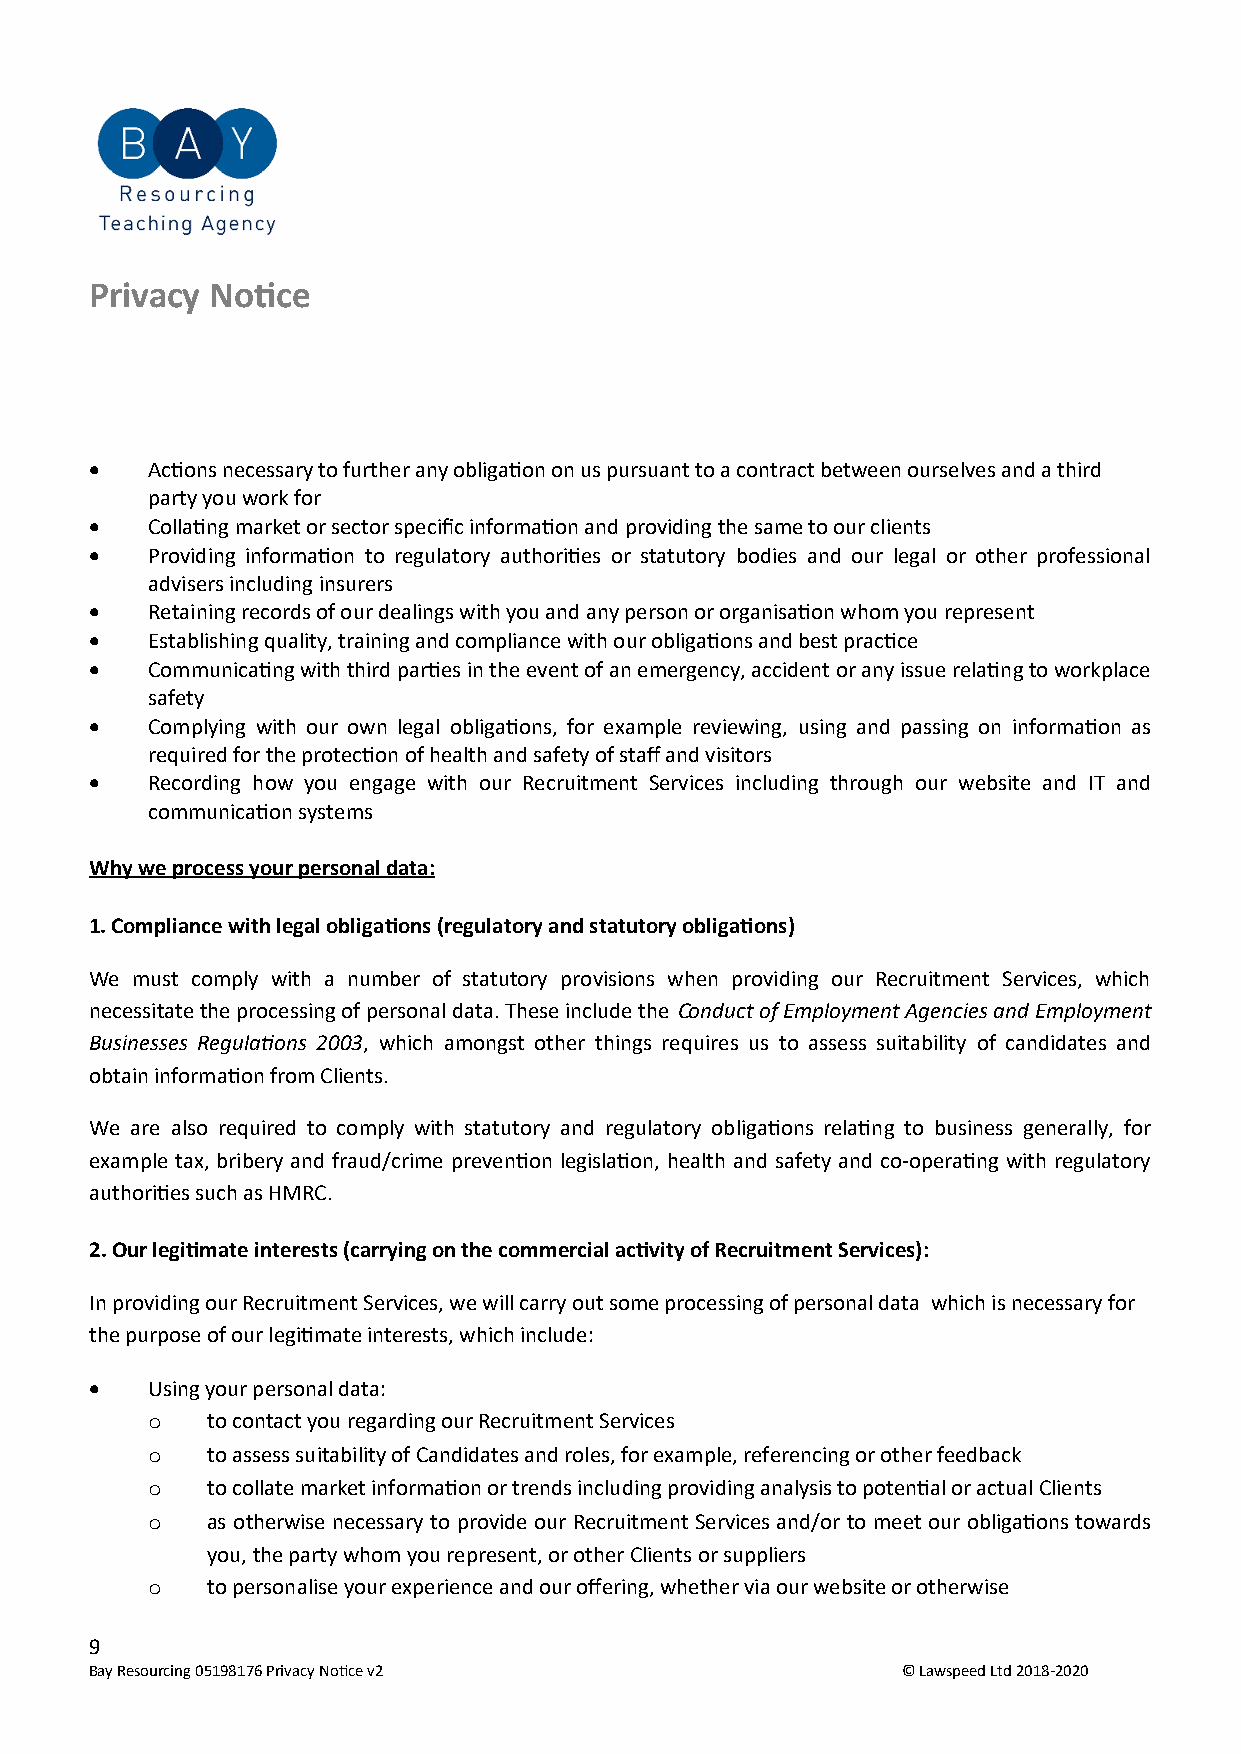
Privacy Notice
    Actions necessary to further any obligation on us pursuant to a contract between ourselves and a third
 party you work for
    Collating market or sector specific information and providing the same to our clients
    Providing information to regulatory authorities or statutory bodies and our legal or other professional
 advisers including insurers
    Retaining records of our dealings with you and any person or organisation whom you represent
    Establishing quality, training and compliance with our obligations and best practice
    Communicating with third parties in the event of an emergency, accident or any issue relating to workplace
 safety
    Complying with our own legal obligations, for example reviewing, using and passing on information as
 required for the protection of health and safety of staff and visitors
    Recording how you engage with our Recruitment Services including through our website and IT and
 communication systems
 Why we process your personal data:
 1. Compliance with legal obligations (regulatory and statutory obligations)
 We must comply with a number of statutory provisions when providing our Recruitment Services, which
 necessitate the processing of personal data. These include the Conduct of Employment Agencies and Employment
 Businesses Regulations 2003, which amongst other things requires us to assess suitability of candidates and
 obtain information from Clients.
 We are also required to comply with statutory and regulatory obligations relating to business generally, for
 example tax, bribery and fraud/crime prevention legislation, health and safety and co-operating with regulatory
 authorities such as HMRC.
 2. Our legitimate interests (carrying on the commercial activity of Recruitment Services):
 In providing our Recruitment Services, we will carry out some processing of personal data which is necessary for
 the purpose of our legitimate interests, which include:
    Using your personal data:
 o   to contact you regarding our Recruitment Services
 o   to assess suitability of Candidates and roles, for example, referencing or other feedback
 o   to collate market information or trends including providing analysis to potential or actual Clients
 o   as otherwise necessary to provide our Recruitment Services and/or to meet our obligations towards
 you, the party whom you represent, or other Clients or suppliers
 o   to personalise your experience and our offering, whether via our website or otherwise
 9
 Bay Resourcing 05198176 Privacy Notice v2             © Lawspeed Ltd 2018-2020